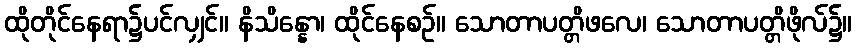
ထိုတိုင်နေရာ၌ပင်လျှင်။ နိသိန္နော၊ ထိုင်နေစဉ်။ သောတာပတ္တိဖလေ၊ သောတာပတ္တိဖိုလ်၌။